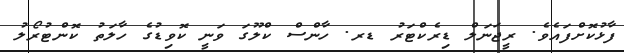
ފާޅުކޮށްފައެވެ. ރީޖަނަލް ޑިރެކްޓަރު ޑރ. ހާންސް ކްލޫގަ ވަނީ ކޮވިޑުގެ ހާލަތު ކޮންޓުރޯލު